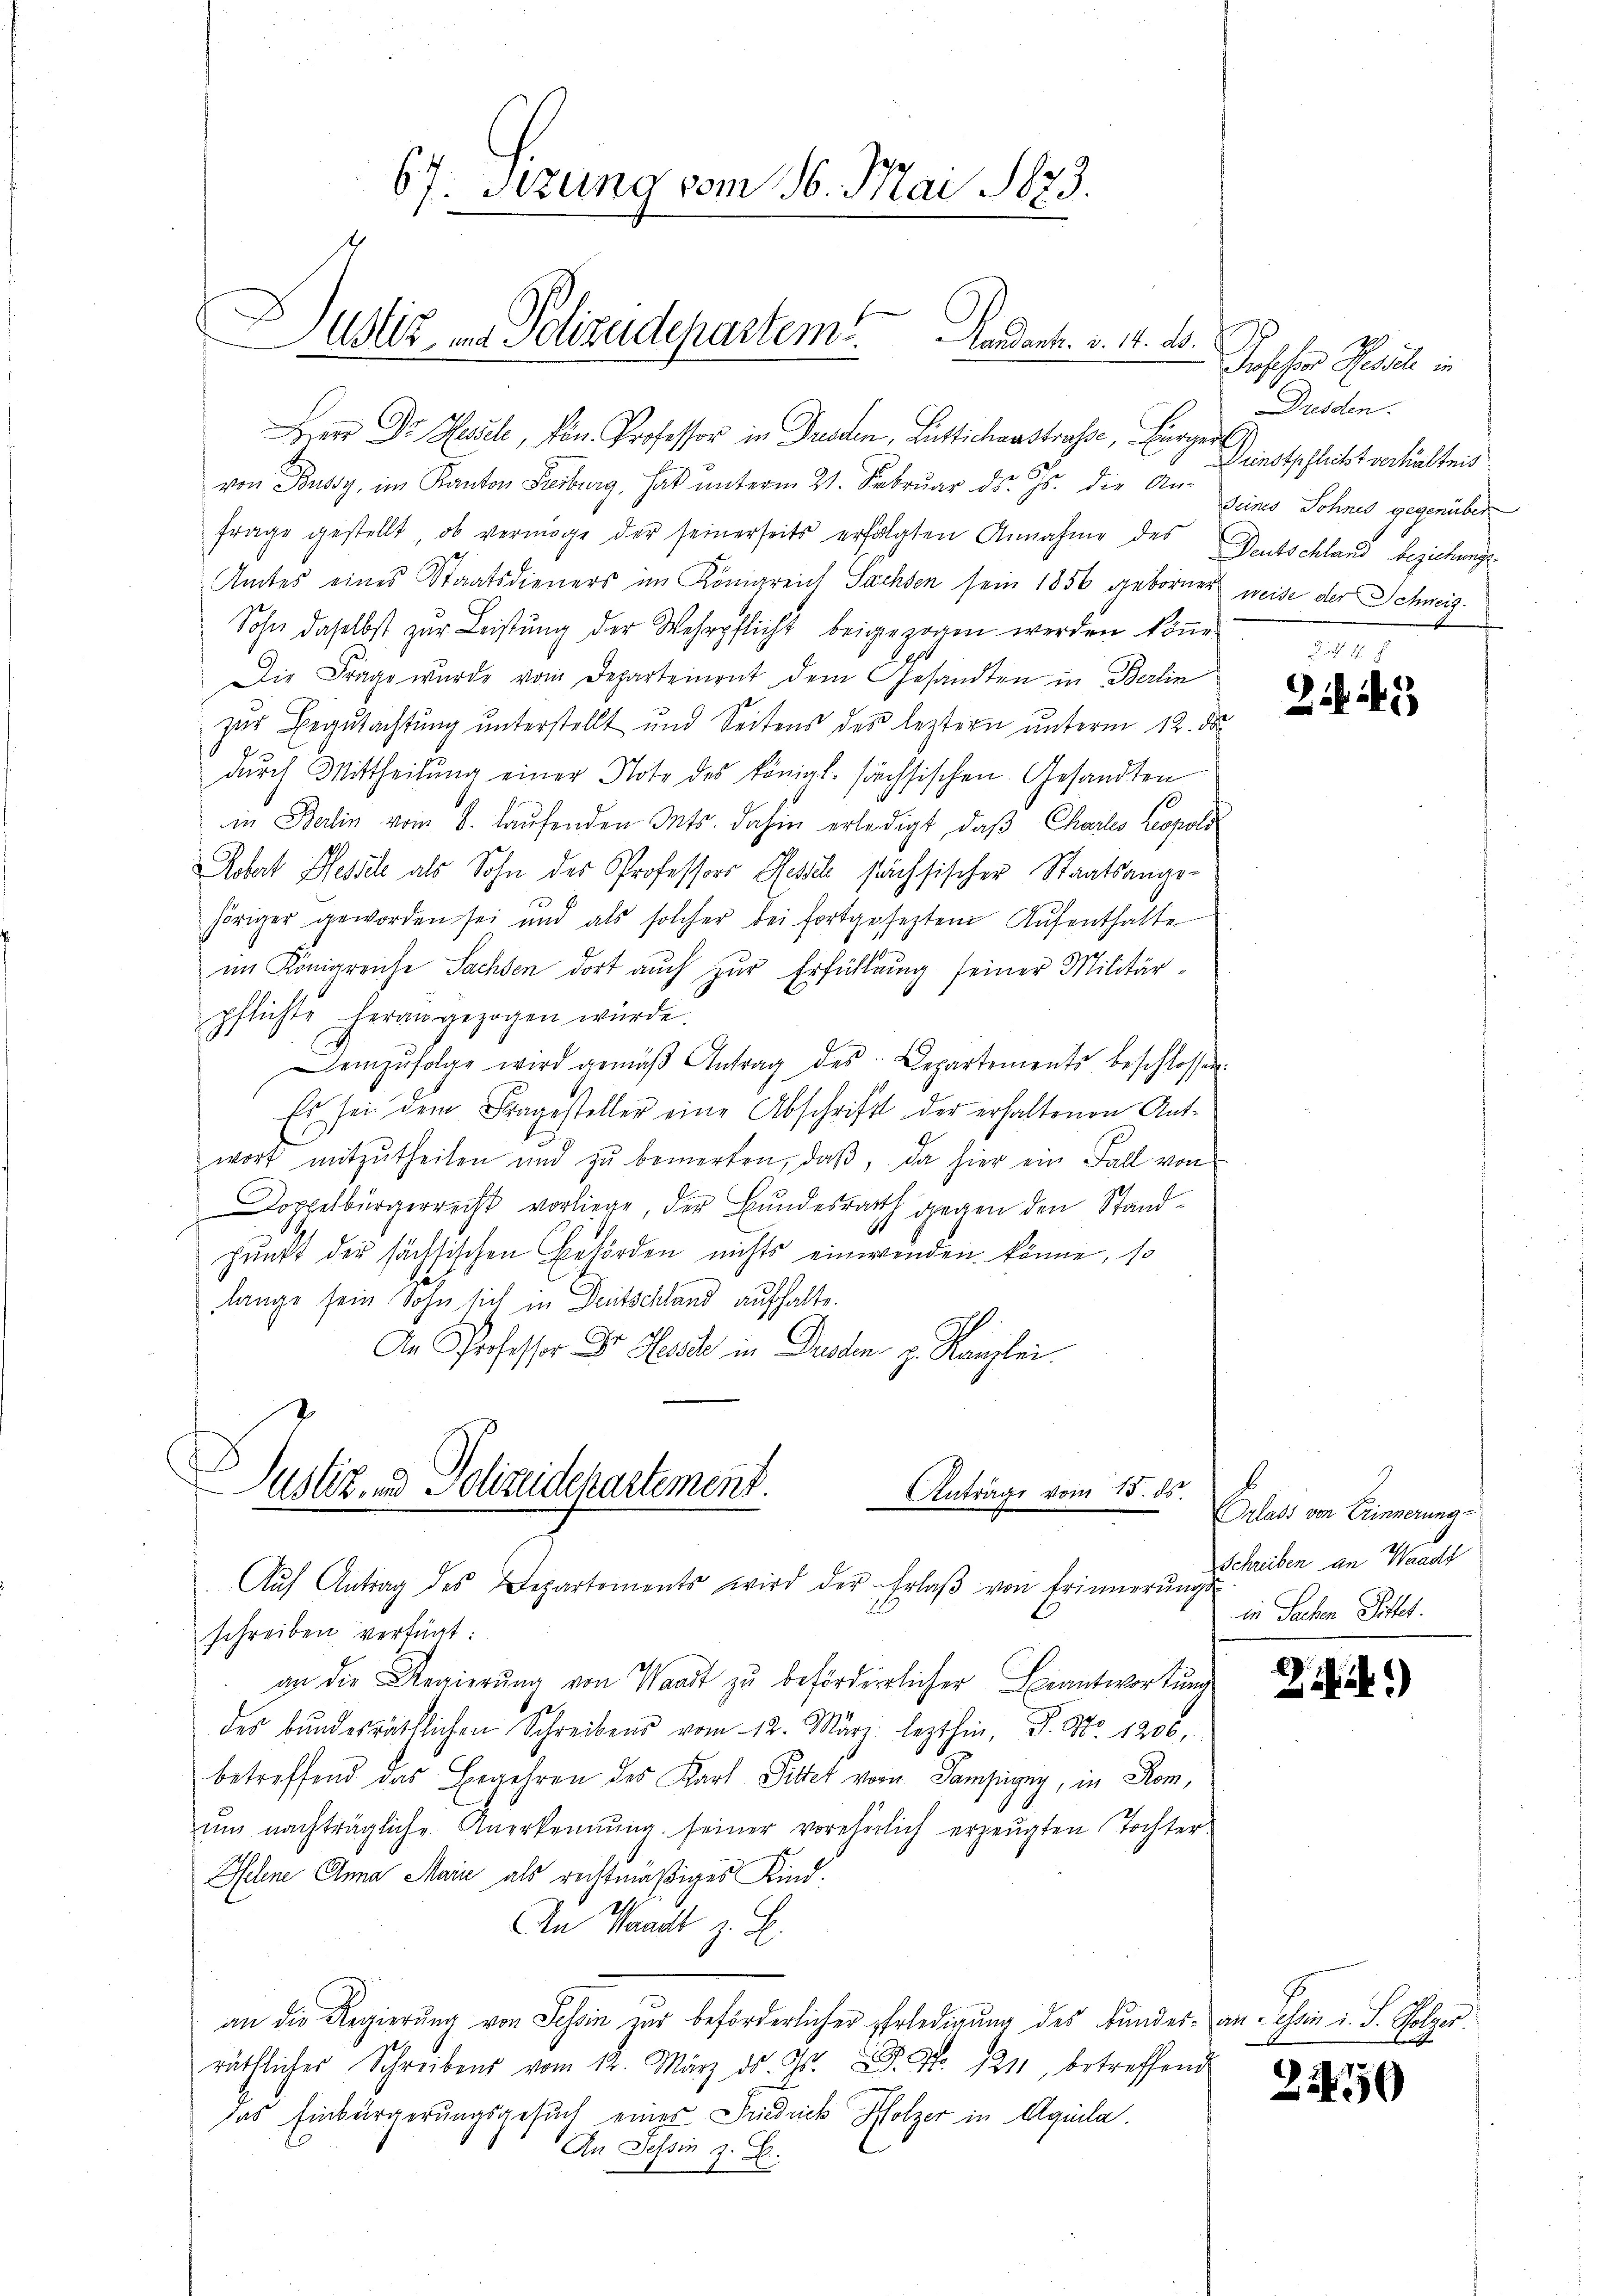
67. Sitzung vom 16. Mai 1873.
Dustiz - Polizeidepartem Landert. v. 14. d.

em Dr. Hasel, von Professor in Dresden, Lütlichenstrasse, Bürger entschlicht verhieltend
von Bussy, im Kanton Freiburg, hat unterm 21. Februar ds. Js. die An-
frage gestellt, ob vermöge der seinerseits erfolgten Annahme des Deutschland beziehungs¬
Amtes eines Staatsdieners im Königreich Sachsen sein 1856 geborner weise der Schweiz.
Sohn daselbst zur Leistung der Wehrpflicht beigezogen werden könne.
Die Frage wurde vom Departement dem Gesandten in Berlin
zŭr Begutachtŭng ŭnterstellt und Seitens des leztern unterm 12. ds.
dŭrch Mittheilŭng einer Note des königl. söchsischen Gesandten
in Berlin vom 8. Hausenden Mts. dahin erledigt, daß Chartes Leopold
Aebert Hessel als Sohn des Professor Gesich sächsischer Staatsangehöriger geworden sei und als solcher bei fortgesetztem Aŭfenthalte
im Königreiche Sachsen dort auch zur Erfüllung seiner Militärpflichte herangezogen würde.
emzŭfolge wird gemäβ Antrag des Departements beschlossen:
Es sei dem Fragesteller eine Abschrift der erhaltenen Ant-
wort mitzŭtheilen und zu bemerken, daβ, da hier ein Fall von
Doppelbürgerrecht vorliege, der Bundesrath gegen den Standpunkt der sächsischen Behörden nichts einwenden könne, so
lange sein Sohn sich in Deutschland aufhalte.

An Professor D. Ressche in Dessen z. Kanzlei.
Justiz, und Polizeidchartement. Anträge vom 15. d.
Aŭf Antrag des Departements wird der Erlaβ von Erinnerŭngs
schreiben verfügt:
an die Regierung von Waadt zu beförderlicher Beantwortung
des bŭndesräthlichen Schreibens vom 12. März lezthin, P. Nr. 1200.
betreffend das Begehren des Karl Pittet vom Samsigny, in Rom,
ŭm nachträgliche Anerkennung seiner vorehelich erzeugten Tochter-
Sehne Anna Main als rechtmäßiges Kind.
An Waadt z. B.
an die Regierung von Schon zur beförderlicher Erledigung des Bunder an Schan u. S. ober
.
das Einbürgerungsgesuch einer Fridrick Holzer in Aquila.
An Tessin z. B.

Joscher Hasel in
Dresden.
Seines Sohnes gegenüber

24)

Orlass von Erinnerung
Schreiben an Waadt
in Sachen Sittet.

b.)

2

2450